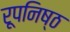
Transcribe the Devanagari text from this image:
रूपनिष्ठ